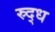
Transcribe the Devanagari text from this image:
स्र्द्ध